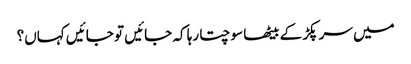
میں سر پکڑ کے بیٹھا سوچتا رہا کہ جائیں تو جائیں کہاں؟